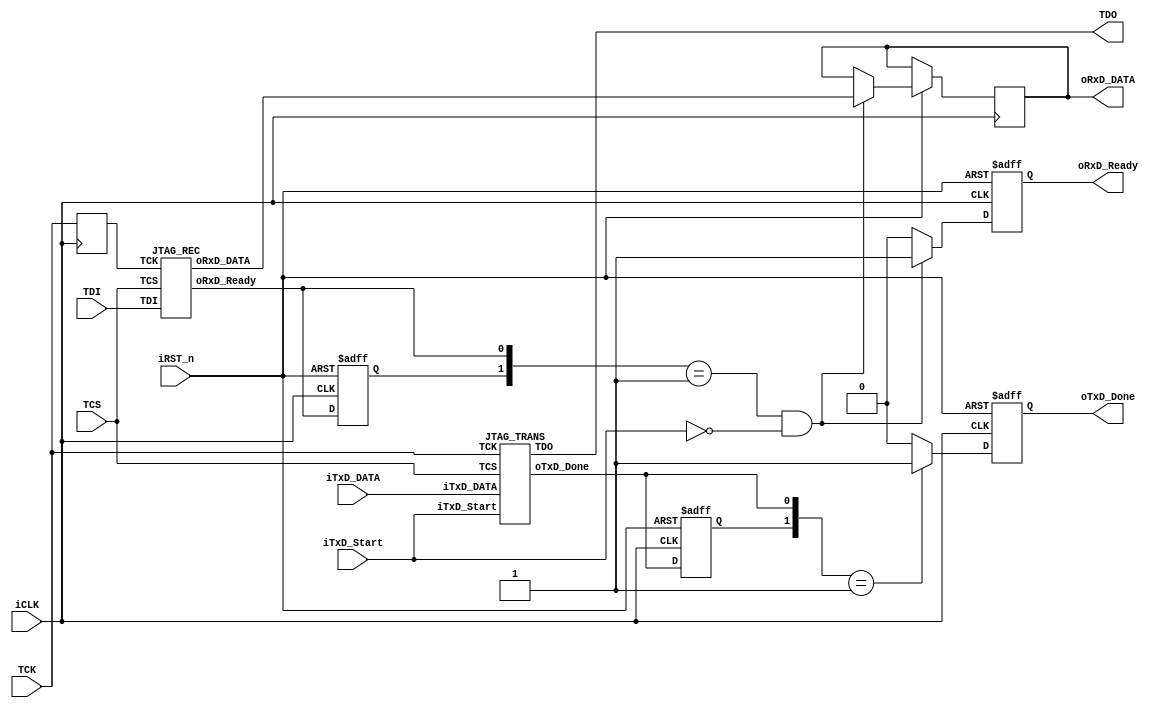
module USB_JTAG	(	//	HOST
					iTxD_DATA,oTxD_Done,iTxD_Start,
					oRxD_DATA,oRxD_Ready,iRST_n,iCLK,
					//	JTAG
					TDO,TDI,TCS,TCK	);
input [7:0] iTxD_DATA;
input iTxD_Start,iRST_n,iCLK;
output reg [7:0] oRxD_DATA;
output reg oTxD_Done,oRxD_Ready;
input TDI,TCS,TCK;
output TDO;
wire [7:0] mRxD_DATA;
wire mTxD_Done,mRxD_Ready;			
reg Pre_TxD_Done,Pre_RxD_Ready;
reg mTCK;
////////////	JTAG CLK Sync.	///////////////
always@(posedge iCLK)	mTCK<=TCK;
/////////////////	JTAG Receiver	///////////////
JTAG_REC	u0	(mRxD_DATA,mRxD_Ready,TDI,TCS,mTCK);
//	JTAG Receiver Sync.
always@(posedge iCLK or negedge iRST_n)
begin
	if(!iRST_n)
	begin
		oRxD_Ready<=0;
		Pre_RxD_Ready<=0;
	end
	else
	begin
		Pre_RxD_Ready<=mRxD_Ready;
		if({Pre_RxD_Ready,mRxD_Ready}==2'b01 && ~iTxD_Start)
		begin
			oRxD_Ready<=1;
			oRxD_DATA<=mRxD_DATA;
		end
		else
			oRxD_Ready<=0;
	end
end
///////////////////////////////////////////////////
/////////////	JTAG Transmitter	///////////////
JTAG_TRANS	u1	(iTxD_DATA,iTxD_Start,mTxD_Done,TDO,TCK,TCS);
//	JTAG Transmitter Sync.
always@(posedge iCLK or negedge iRST_n)
begin
	if(!iRST_n)
	begin
		oTxD_Done<=0;
		Pre_TxD_Done<=0;
	end
	else
	begin
		Pre_TxD_Done<=mTxD_Done;
		if({Pre_TxD_Done,mTxD_Done}==2'b01)
			oTxD_Done<=1;
		else
			oTxD_Done<=0;
	end
end
///////////////////////////////////////////////////
endmodule


module JTAG_REC	(	//	HOST	
					oRxD_DATA,oRxD_Ready,
					//	JTAG
					TDI,TCS,TCK	);
input TDI,TCS,TCK;
output reg [7:0] oRxD_DATA;
output reg oRxD_Ready;
reg [7:0] rDATA;
reg [2:0] rCont;
always@(posedge TCK or posedge TCS)
begin
	if(TCS)
	begin
		oRxD_Ready<=0;
		rCont<=0;
	end
	else
	begin
		rCont<=rCont+1;
		rDATA<={TDI,rDATA[7:1]};
		if(rCont==0)
		begin
			oRxD_DATA<={TDI,rDATA[7:1]};
			oRxD_Ready<=1;
		end
		else
			oRxD_Ready<=0;
	end
end		
endmodule


module JTAG_TRANS(	//	HOST
					iTxD_DATA,iTxD_Start,oTxD_Done,
					//	JTAG
					TDO,TCK,TCS	);
input [7:0] iTxD_DATA;
input iTxD_Start;
output reg oTxD_Done;
input TCK,TCS;
output reg TDO;
reg [2:0] rCont;
always@(posedge TCK or posedge TCS)
begin
	if(TCS)
	begin
		oTxD_Done<=0;
		rCont<=0;
		TDO<=0;
	end
	else
	begin
		if(iTxD_Start)
		begin
			rCont<=rCont+1;
			TDO<=iTxD_DATA[rCont];
		end
		else
		begin
			rCont<=0;
			TDO<=0;
		end
		if(rCont==7)
		oTxD_Done<=1;
		else
		oTxD_Done<=0;
	end
end

endmodule